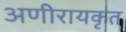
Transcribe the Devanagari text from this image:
अणीरायकृत